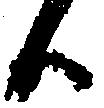
候